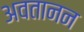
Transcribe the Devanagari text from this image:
अवतानन